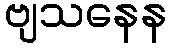
ဗျသနေန